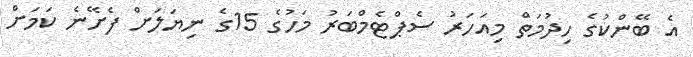
އެ ބޭންކުގެ ހިދުމަތް މިއަހަރު ސެޕްޓެމްބަރު މަހުގެ 15ގެ ނިޔަލަށް ފެށޭނެ ކަމަށް